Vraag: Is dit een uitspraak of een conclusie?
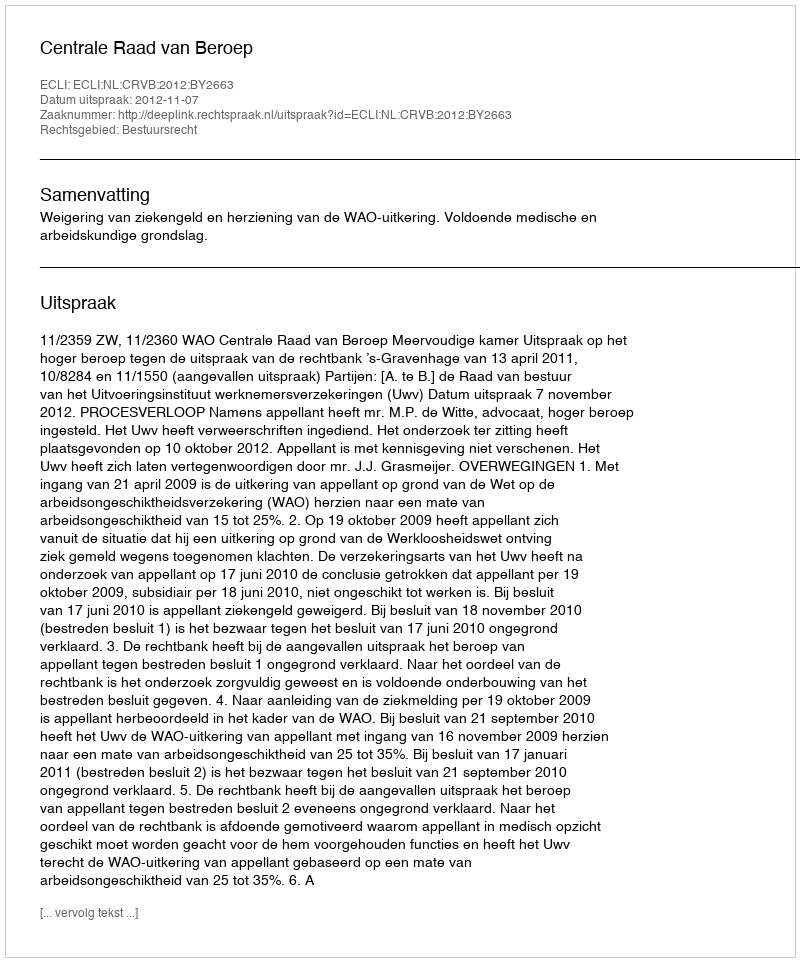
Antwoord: Uitspraak